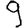
Digit: 9